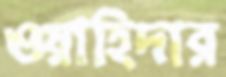
ওয়াহিদার